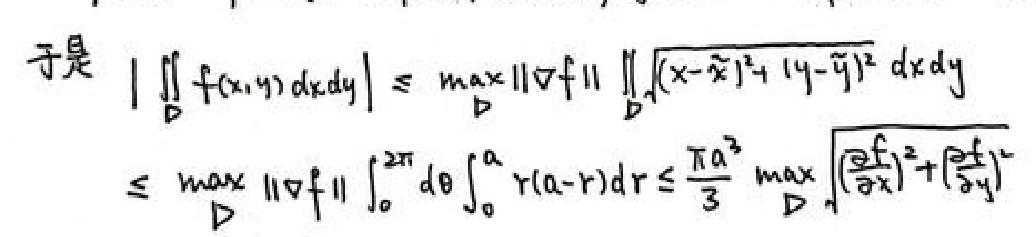
于是
\[
\begin{align*}
\left|\iint_{D} f(x,y)dxdy\right|&\leq\max_{D}\|\nabla f\|\iint_{D}\sqrt{(x - \tilde{x})^2+(y - \tilde{y})^2}dxdy\\
&\leq\max_{D}\|\nabla f\|\int_{0}^{2\pi}d\theta\int_{0}^{a}r(a - r)dr\leq\frac{\pi a^{3}}{3}\max_{D}\sqrt{\left(\frac{\partial f}{\partial x}\right)^2+\left(\frac{\partial f}{\partial y}\right)^2}
\end{align*}
\]